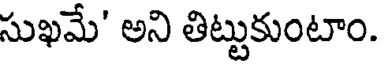
సుఖమే' అని తిట్టుకుంటాం.